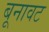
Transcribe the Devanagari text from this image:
बूनावट